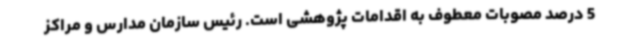
5 درصد مصوبات معطوف به اقدامات پژوهشی است. رئیس سازمان مدارس و مراکز